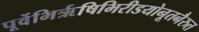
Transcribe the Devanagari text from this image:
पूर्वेभिर्ऋषिभिरीडयोनूतनैरुत